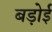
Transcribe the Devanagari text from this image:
बड़ोई